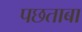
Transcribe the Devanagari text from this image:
पछताबा